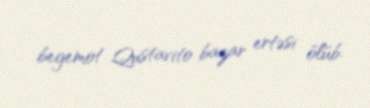
begemot Qustavito bazar ertəsi ölüb.